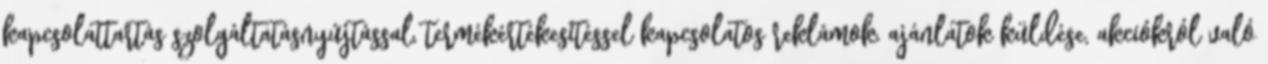
kapcsolattartás szolgáltatásnyújtással, termékértékesítéssel kapcsolatos reklámok, ajánlatok küldése, akciókról való